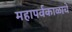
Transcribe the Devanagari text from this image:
महापर्वकाळाचे